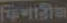
Father